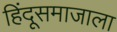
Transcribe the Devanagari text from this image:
हिंदूसमाजाला